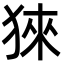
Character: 猍